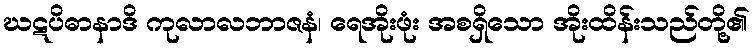
ဃဋပိဓာနာဒိ ကုလာလဘာဇနံ၊ ရေအိုးဖုံး အစရှိသော အိုးထိန်းသည်တို့၏